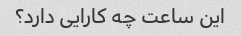
این ساعت چه کارایی دارد؟